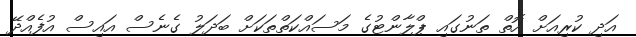
އަދި ކުރިއަށް އޮތް ތަނުގައި ޕްލާންޓުގެ މަސައްކަތްތަކަށް ބަދަލު ގެނެސް އައިސް އުފެއްދޭ